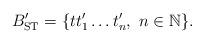
LaTeX: \begin{align*}{B}^{\prime}_{{\rm ST}}=\{ t{t^{\prime}_1} \ldots {t^{\prime}_n}, \ n\in \mathbb{N} \}.\end{align*}